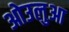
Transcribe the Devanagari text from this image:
ओउलुआ